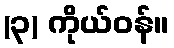
(၃) ကိုယ်ဝန်။